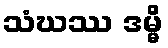
သံဃဿ ဒမ္မိ